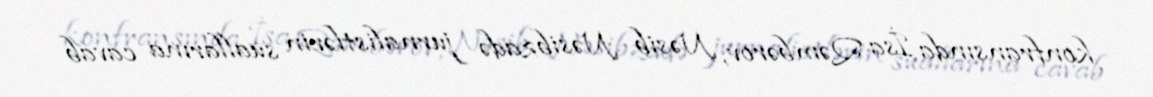
konfransında İsa Qəmbərov, Nəsib Nəsibzadə jurnalistlərin suallarına cavab